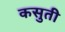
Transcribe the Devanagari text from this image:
कसुती